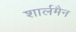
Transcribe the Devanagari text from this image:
शार्लमैन